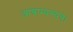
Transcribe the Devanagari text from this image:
आश्राम्यन्त्यत्र।